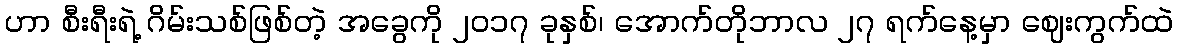
ဟာ စီးရီးရဲ့ ဂိမ်းသစ်ဖြစ်တဲ့ အခွေကို ၂၀၁၇ ခုနှစ်၊ အောက်တိုဘာလ ၂၇ ရက်နေ့မှာ ဈေးကွက်ထဲ